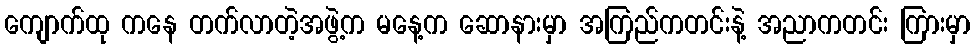
ကျောက်ထု ကနေ တက်လာတဲ့အဖွဲ့က မနေ့က ဆောနားမှာ အကြည်ကတင်းနဲ့ အညာကတင်း ကြားမှာ